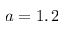
a = 1 , 2